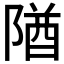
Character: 𨺧